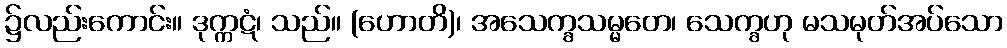
၌လည်းကောင်း။ ဒုက္ကဋံ၊ သည်။ (ဟောတိ)၊ အသေက္ခသမ္မတေ၊ သေက္ခဟု မသမုတ်အပ်သော